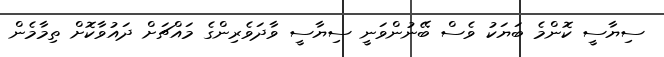
ސިޔާސީ ކޮންމެ ބަޔަކު ވެސް ބޭނުންވަނީ ސިޔާސީ ވާދަވެރިންގެ މައްޗަށް ދައުވާކޮށް ތިމާމެން